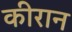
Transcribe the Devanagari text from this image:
कीरान